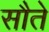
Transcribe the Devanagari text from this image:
सौते